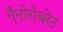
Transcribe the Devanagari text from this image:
न्ँनोरोबोट